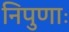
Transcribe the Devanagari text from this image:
निपुणाः